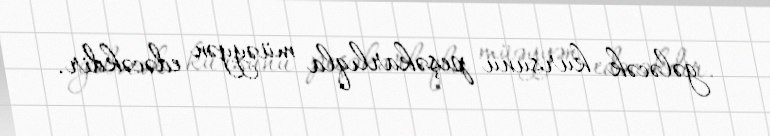
gələcək kursunu peşəkarlıqla müəyyən edəcəkdir.